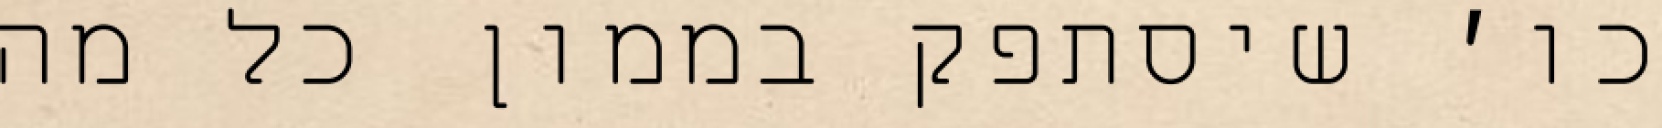
כו׳ שיסתפק בממון כל מה